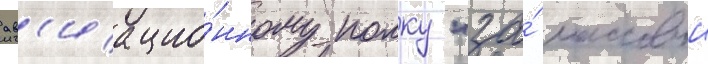
ав'иацио́нному полку "за́ массовыи